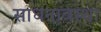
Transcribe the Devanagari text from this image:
साधनावस्था